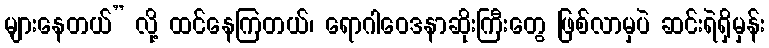
များနေတယ်” လို့ ထင်နေကြတယ်၊ ရောဂါဝေဒနာဆိုးကြီးတွေ ဖြစ်လာမှပဲ ဆင်းရဲရှိမှန်း